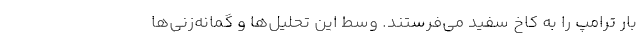
بار ترامپ را به کاخ سفید می‌فرستند. وسط این تحلیل‌ها و گمانه‌زنی‌ها